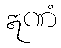
ဣဏံ